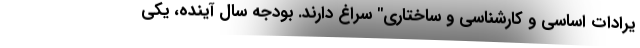
یرادات اساسی و کارشناسی و ساختاری" سراغ دارند. بودجه سال آینده، یکی